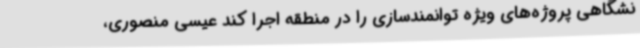
نشگاهی پروژه‌های ویژه توانمندسازی را در منطقه اجرا کند عیسی منصوری،